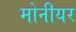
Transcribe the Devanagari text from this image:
मोनीयर